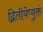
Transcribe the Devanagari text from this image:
द्वितीयेप्युक्तं